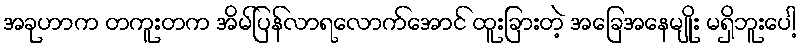
အခုဟာက တကူးတက အိမ်ပြန်လာရလောက်အောင် ထူးခြားတဲ့ အခြေအနေမျိုး မရှိဘူးပေါ့